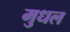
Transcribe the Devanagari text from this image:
मुधल